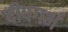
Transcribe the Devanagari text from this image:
दीपगर्भ